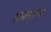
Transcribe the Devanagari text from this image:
समस्तानां